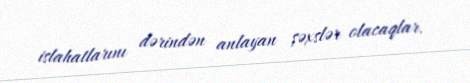
islahatlarını dərindən anlayan şəxslər olacaqlar.